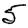
Digit: 5